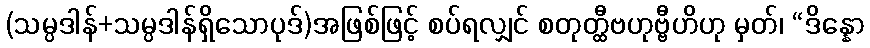
(သမ္ပဒါန်+သမ္ပဒါန်ရှိသောပုဒ်)အဖြစ်ဖြင့် စပ်ရလျှင် စတုတ္ထီဗဟုဗ္ဗီဟိဟု မှတ်၊ “ဒိန္နော